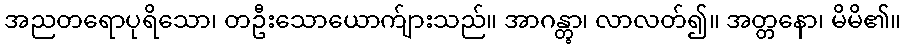
အညတရောပုရိသော၊ တဦးသောယောက်ျားသည်။ အာဂန္တွာ၊ လာလတ်၍။ အတ္တနော၊ မိမိ၏။